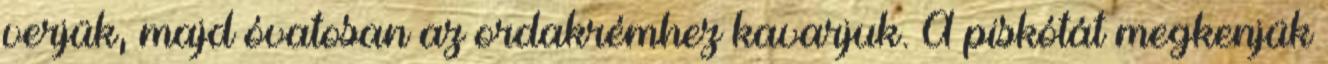
verjük, majd óvatosan az ordakrémhez kavarjuk. A piskótát megkenjük